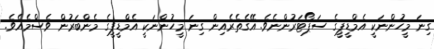
ގިނަ މީހުންނަކީ އެމްޑީޕީގެ ސަޕޯޓަރުންނެވެ. އޭގެތެރެއިން ގިނަ މީހުންނަކީ އެމްޑީޕީގެ މެންބަރުން ވެސްމެއެވެ.